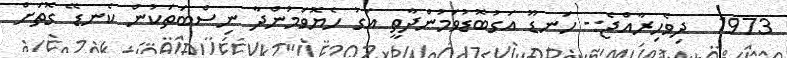
1973  ދިވެހިރާއްޖެ:- ހަނޑޫ އަގުބޮޑުވަމުންދާތީ އަގު ހެޔޮވަމުންދާ ނިސްބަތަކުން ކެނޑޭ ގޮތަށް